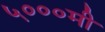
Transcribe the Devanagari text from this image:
५०००मी